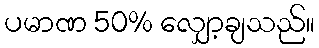
ပမာဏ 50% လျှော့ချသည်။